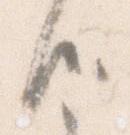
候